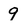
Character: 9